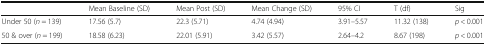
|  | Mean Baseline (SD) | Mean Post (SD) | Mean Change (SD) | 95% CI | T (df) | Sig |
 | --- | --- | --- | --- | --- | --- | --- |
 | Under 50 (n = 139) | 17.56 (5.7) | 22.3 (5.71) | 4.74 (4.94) | 3.91–5.57 | 11.32 (138) | p < 0.001 |
 | 50 & over (n = 199) | 18.58 (6.23) | 22.01 (5.91) | 3.42 (5.57) | 2.64–4.2 | 8.67 (198) | p < 0.001 |